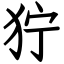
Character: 狞